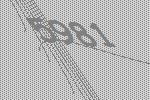
5981